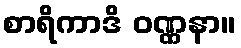
စာရိကာဒိ ဝဏ္ဏနာ။